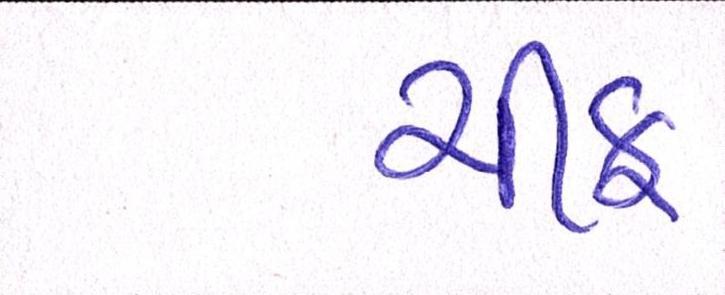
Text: ચીફ